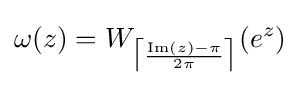
\omega (z)=W_{{\big \lceil }{\frac {\mathrm {Im} (z)-\pi }{2\pi }}{\big \rceil }}(e^{z})